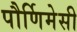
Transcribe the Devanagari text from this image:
पौर्णिमेसी